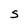
Character: S